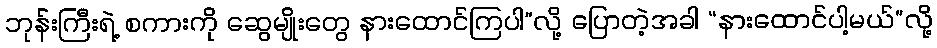
ဘုန်းကြီးရဲ့ စကားကို ဆွေမျိုးတွေ နားထောင်ကြပါ”လို့ ပြောတဲ့အခါ “နားထောင်ပါ့မယ်”လို့